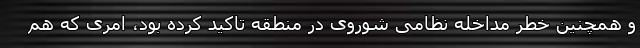
و همچنین خطر مداخله نظامی شوروی در منطقه تاکید کرده بود، امری که هم